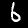
Label: 6